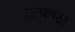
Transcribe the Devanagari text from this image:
उत्‍कण्‍ठा